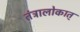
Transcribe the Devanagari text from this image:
तंत्रालोकात्